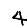
Digit: 4